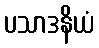
ပသာဒနိယံ